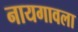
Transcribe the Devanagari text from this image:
नायगावला